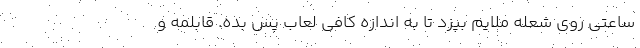
ساعتی روی شعله ملایم بپزد تا به اندازه کافی لعاب پس بده. قابلمه و